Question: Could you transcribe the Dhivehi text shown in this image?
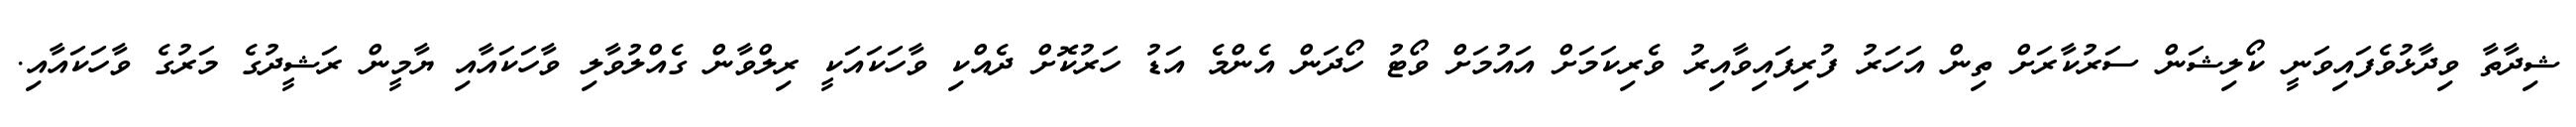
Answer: ޝިދާތާ ވިދާޅުވެފައިވަނީ ކޯލިޝަން ސަރުކާރަށް ތިން އަހަރު ފުރިފައިވާއިރު ވެރިކަމަށް އައުމަށް ވޯޓު ހޯދަން އެންމެ އަޑު ހަރުކޮށް ދެއްކި ވާހަކައަކީ ރިލްވާން ގެއްލުވާލި ވާހަކައާއި ޔާމީން ރަޝީދުގެ މަރުގެ ވާހަކައާއި.